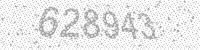
Solution: 628943